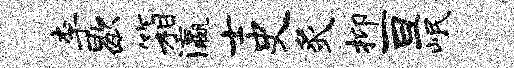
李歇箱瀛士史炙抑亘岷